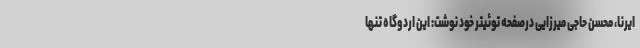
ایرنا، محسن حاجی میرزایی درصفحه توئیتر خود نوشت: این اردوگاه تنها